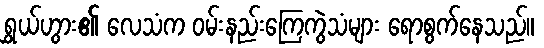
ရွှယ်ဟွား၏ လေသံက ဝမ်းနည်းကြေကွဲသံများ ရောစွက်နေသည်။